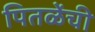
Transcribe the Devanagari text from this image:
पितळेंची